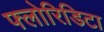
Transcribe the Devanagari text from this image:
फ्लोरिडिटा